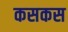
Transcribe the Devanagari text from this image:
कसकस